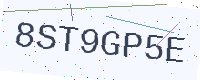
Text: 8ST9GP5E